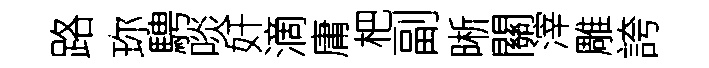
路珎騁啖奸滴庸杷副晰關滓雕誇